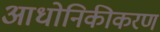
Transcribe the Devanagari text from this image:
आधोनिकीकरण